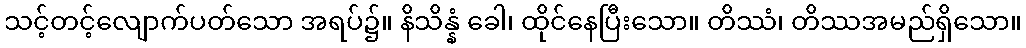
သင့်တင့်လျောက်ပတ်သော အရပ်၌။ နိသိန္နံ ခေါ၊ ထိုင်နေပြီးသော။ တိဿံ၊ တိဿအမည်ရှိသော။